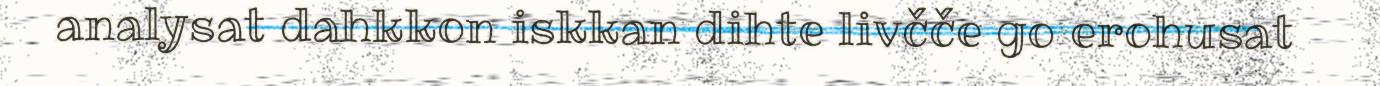
analysat dahkkon iskkan dihte livčče go erohusat